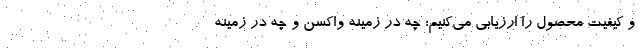
و کیفیت محصول را ارزیابی می‌کنیم؛ چه در زمینه واکسن و چه در زمینه